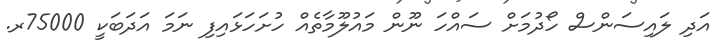
އަދި ލައިސަންސް ހޯދުމަށް ސައްހަ ނޫން މައުލޫމާތެއް ހުށަހަޅައިފި ނަމަ އަދަބަކީ 75000ރ.